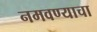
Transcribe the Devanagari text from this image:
नमवण्याचा